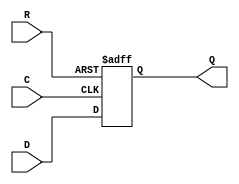
module dff(
    input wire C,
    input wire R,
    input wire D,
    output wire Q
);

always @(posedge C or posedge R) begin
	if (R == 1)
		Q <= 0;
	else
		Q <= D;
end

endmodule